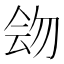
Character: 𠊉